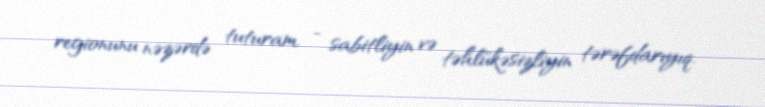
regionunu nəzərdə tuturam, - sabitliyin və təhlükəsizliyin tərəfdarıyıq.